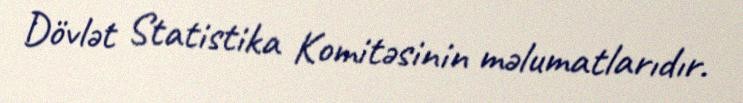
Dövlət Statistika Komitəsinin məlumatlarıdır.